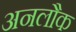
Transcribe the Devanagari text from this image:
अनलौक